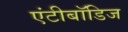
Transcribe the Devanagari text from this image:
एंटीबॉडिज